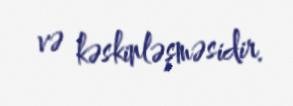
və kəskinləşməsidir.